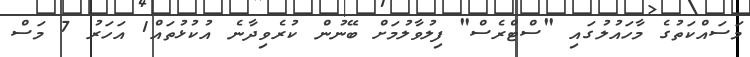
މަސައްކަތުގެ މާހައުލުގައި "ސްޓްރެސް" ފިލުވާލުމަށް ބޭނުން ކުރެވިދާނެ އުކުޅުތައް1 އަހަރު 7 މަސް